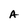
Character: A